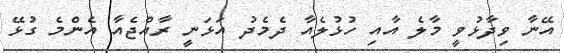
އޭނާ ވިދާޅުވީ މާލެ އާއި ހުޅުލެއާ ދެމެދު އަޅަނީ ރާއްޖެއާ އެންމެ ގުޅޭ